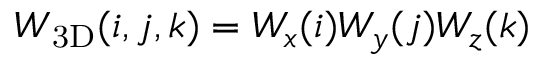
W _ { \mathrm { 3 D } } ( i , j , k ) = W _ { x } ( i ) W _ { y } ( j ) W _ { z } ( k )